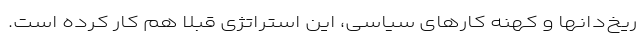
ریخ‌دانها و کهنه کارهای سیاسی، این استراتژی قبلا هم کار کرده است.